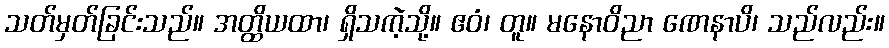
သတ်မှတ်ခြင်းသည်။ အတ္ထိယထာ၊ ရှိသကဲ့သို့။ ဧဝံ၊ တူ။ မနောဝိညာ ဏေနာပိ၊ သည်လည်း။